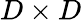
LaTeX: D\times D